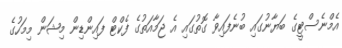
އެމްނެސްޓީގެ ބަޔާނުގައި ބުނެފައިވާ ގޮތުގައި އެ ޖަމާއަތުގެ ފެކްޓް ފައިންޑިން މިޝަން މިމަހުގެ